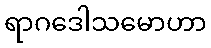
ရာဂဒေါသမောဟာ